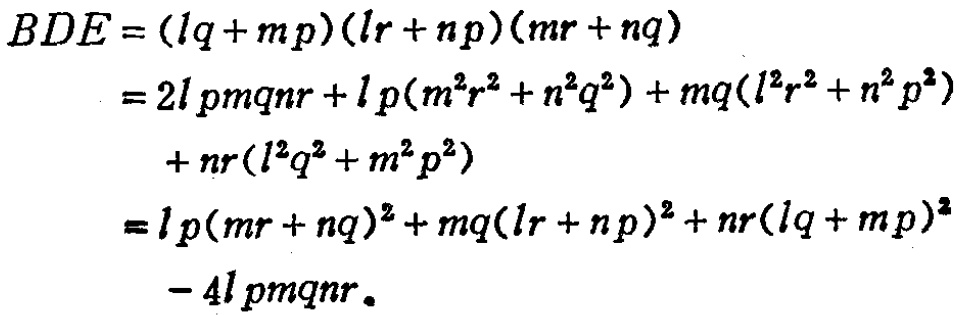
\begin{align*}
BDE&=(lq + mp)(lr + np)(mr + nq)\\
&=2lpmqnr+lp(m^{2}r^{2}+n^{2}q^{2})+mq(l^{2}r^{2}+n^{2}p^{2})\\
&\quad+nr(l^{2}q^{2}+m^{2}p^{2})\\
&=lp(mr + nq)^{2}+mq(lr + np)^{2}+nr(lq + mp)^{2}\\
&\quad- 4lpmqnr。
\end{align*}